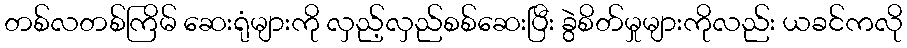
တစ်လတစ်ကြိမ် ဆေးရုံများကို လှည့်လှည်စစ်ဆေးပြီး ခွဲစိတ်မှုများကိုလည်း ယခင်ကလို